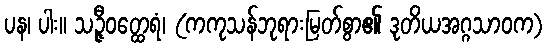
ပန၊ ပါး။ သဉ္ဇီဝတ္ထေရံ၊ (ကကုသန်ဘုရားမြတ်စွာ၏ ဒုတိယအဂ္ဂသာဝက)